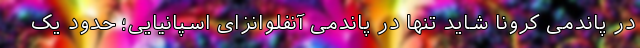
در پاندمی کرونا شاید تنها در پاندمی آنفلوانزای اسپانیایی؛ حدود یک